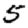
Digit: 5